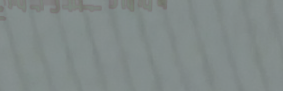
مقهى النيل يقدم وجبات خفي